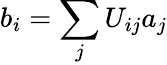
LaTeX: b_{i}=\sum_{j}U_{ij}a_{j}